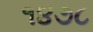
૧૪૭૮